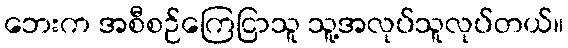
ဘေးက အစီစဉ်ကြေငြာသူ သူ့အလုပ်သူလုပ်တယ်။